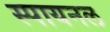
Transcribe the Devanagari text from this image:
स्पायनल